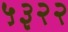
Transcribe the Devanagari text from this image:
५३२२